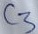
Text: C3